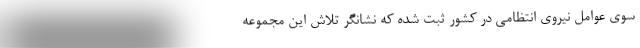
سوی عوامل نیروی انتظامی در کشور ثبت شده که نشانگر تلاش این مجموعه